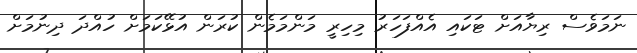
ނަމަވެސް ރިޔާއަށް ޓަކައި އެއްފަހަރު މިހިރީ މަންމަމެން ކުރަން އުޅޭކަމަށް ހުއްދަ ދިނުމަށް